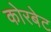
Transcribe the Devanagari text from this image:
कोरबेट